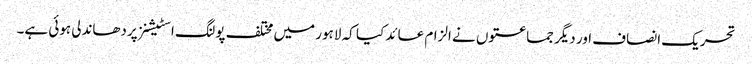
تحریک انصاف اور دیگر جماعتوں نے الزام عائد کیا کہ لاہور میں مختلف پولنگ اسٹیشنز پردھاندلی ہوئی ہے۔